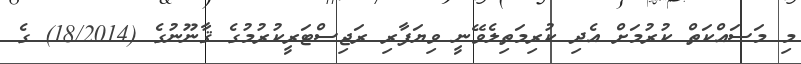
މި މަސައްކަތް ކުރުމަށް އެދި ކުރިމަތިލެވޭނީ ވިޔަފާރި ރަޖިސްޓަރީކުރުމުގެ ޤާނޫނުގެ (18/2014) ގެ